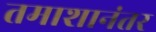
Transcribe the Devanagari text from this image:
तमाशानंतर